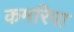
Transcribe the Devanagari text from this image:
कमरिपा